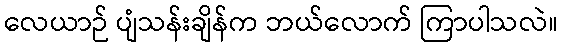
လေယာဉ် ပျံသန်းချိန်က ဘယ်လောက် ကြာပါသလဲ။